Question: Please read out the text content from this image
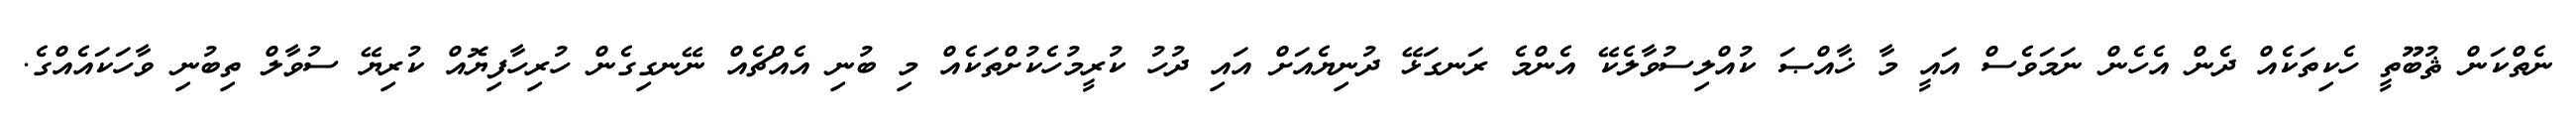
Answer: ނެތްކަން ޘުބޫތީ ހެކިތަކެއް ދެން އެހެން ނަމަވެސް އައީ މާ ޚާއްޞަ ކުއްލިސުވާލެކޭ އެންމެ ރަނގަޅޭ ދުނިޔެއަށް އައި ދުހު ކުރީމުހެކުށްތަކެއް މި ބުނި އެއްޗެއް ނޭނގިގެން ހުރިހާފިޔޮއް ކުރިޔޭ ސުވާލް ތިބުނި ވާހަކައެއްގެ.